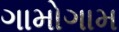
ગામોગામ